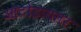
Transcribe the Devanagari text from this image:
ऑटोडायलर